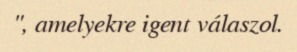
", amelyekre igent válaszol.